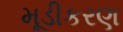
મૂડીકરણ